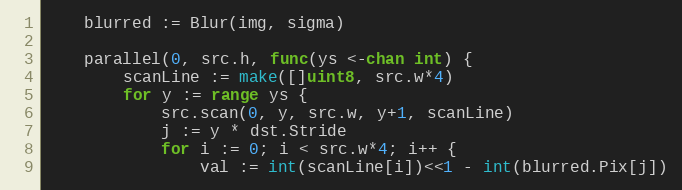
Language: Go
	blurred := Blur(img, sigma)

	parallel(0, src.h, func(ys <-chan int) {
		scanLine := make([]uint8, src.w*4)
		for y := range ys {
			src.scan(0, y, src.w, y+1, scanLine)
			j := y * dst.Stride
			for i := 0; i < src.w*4; i++ {
				val := int(scanLine[i])<<1 - int(blurred.Pix[j])